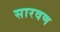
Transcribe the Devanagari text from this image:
सारवण